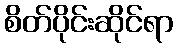
စိတ်ပိုင်းဆိုင်ရာ